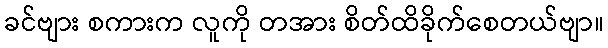
ခင်ဗျား စကားက လူကို တအား စိတ်ထိခိုက်စေတယ်ဗျာ။